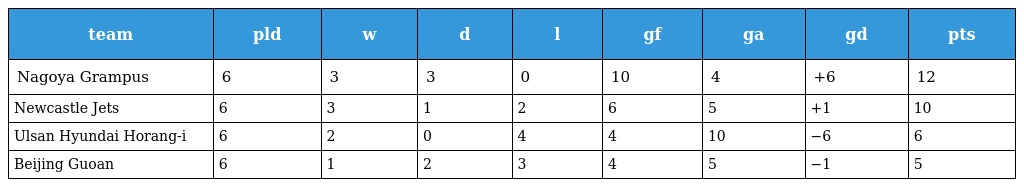
| team | pld | w | d | l | gf | ga | gd | pts |
 | --- | --- | --- | --- | --- | --- | --- | --- | --- |
 | Nagoya Grampus | 6 | 3 | 3 | 0 | 10 | 4 | +6 | 12 |
 | Newcastle Jets | 6 | 3 | 1 | 2 | 6 | 5 | +1 | 10 |
 | Ulsan Hyundai Horang-i | 6 | 2 | 0 | 4 | 4 | 10 | −6 | 6 |
 | Beijing Guoan | 6 | 1 | 2 | 3 | 4 | 5 | −1 | 5 |